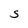
Character: S